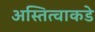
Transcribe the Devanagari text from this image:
अस्तित्वाकडे